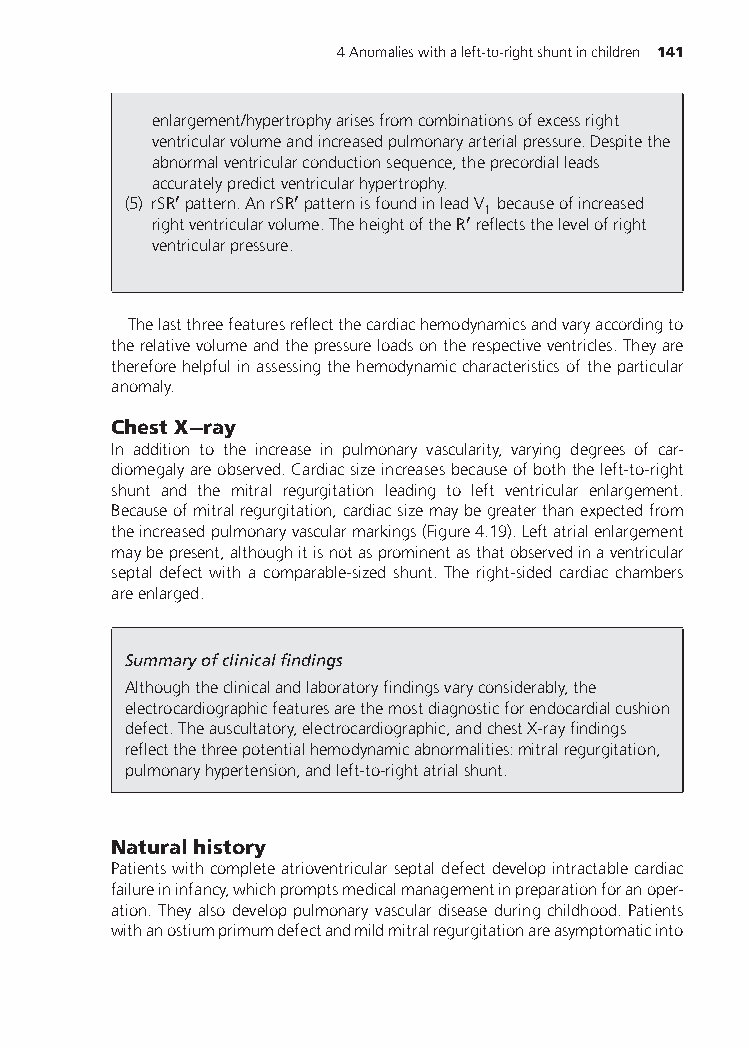
4Anomalieswithaleft-to-rightshuntinchildren 141
 enlargement/hypertrophyarisesfromcombinationsofexcessright
 ventricularvolumeandincreasedpulmonaryarterialpressure.Despitethe
 abnormalventricularconductionsequence,theprecordialleads
 accuratelypredictventricularhypertrophy.
 (5) rSR′pattern.AnrSR′patternisfoundinleadV becauseofincreased
 1
 rightventricularvolume.TheheightoftheR′reflectsthelevelofright
 ventricularpressure.
 Thelastthreefeaturesreflectthecardiachemodynamicsandvaryaccordingto
 therelativevolumeandthepressureloadsontherespectiveventricles.Theyare
 thereforehelpfulinassessingthehemodynamiccharacteristicsoftheparticular
 anomaly.
 ChestX−ray
 In addition to the increase in pulmonary vascularity, varying degrees of car-
 diomegalyareobserved.Cardiacsizeincreasesbecauseofboththeleft-to-right
 shunt and the mitral regurgitation leading to left ventricular enlargement.
 Becauseofmitralregurgitation,cardiacsizemaybegreaterthanexpectedfrom
 theincreasedpulmonaryvascularmarkings(Figure4.19).Leftatrialenlargement
 maybepresent,althoughitisnotasprominentasthatobservedinaventricular
 septal defect with a comparable-sized shunt. The right-sided cardiac chambers
 areenlarged.
 Summaryofclinicalfindings
 Althoughtheclinicalandlaboratoryfindingsvaryconsiderably,the
 electrocardiographicfeaturesarethemostdiagnosticforendocardialcushion
 defect.Theauscultatory,electrocardiographic,andchestX-rayfindings
 reflectthethreepotentialhemodynamicabnormalities:mitralregurgitation,
 pulmonaryhypertension,andleft-to-rightatrialshunt.
 Naturalhistory
 Patientswithcompleteatrioventricularseptaldefectdevelopintractablecardiac
 failureininfancy,whichpromptsmedicalmanagementinpreparationforanoper-
 ation.Theyalsodeveloppulmonaryvasculardiseaseduringchildhood. Patients
 withanostiumprimumdefectandmildmitralregurgitationareasymptomaticinto